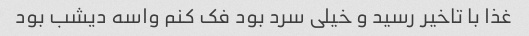
غذا با تاخیر رسید و خیلی سرد بود فک کنم واسه دیشب بود